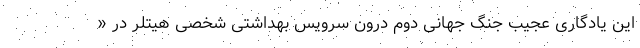
این یادگاری عجیب جنگ جهانی دوم درون سرویس بهداشتی شخصی هیتلر در «